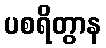
ပစရိတွာန